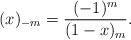
LaTeX: \begin{align*}(x)_{-m} = \frac{(-1)^{m}}{(1-x)_{m}}.\end{align*}